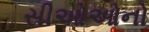
સીઓઓનો